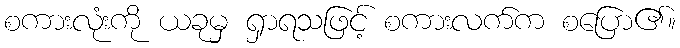
စကားလုံးကို ယခုမှ ရှာရသဖြင့် စကားလက်က စပြော၏။